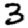
Digit: 3